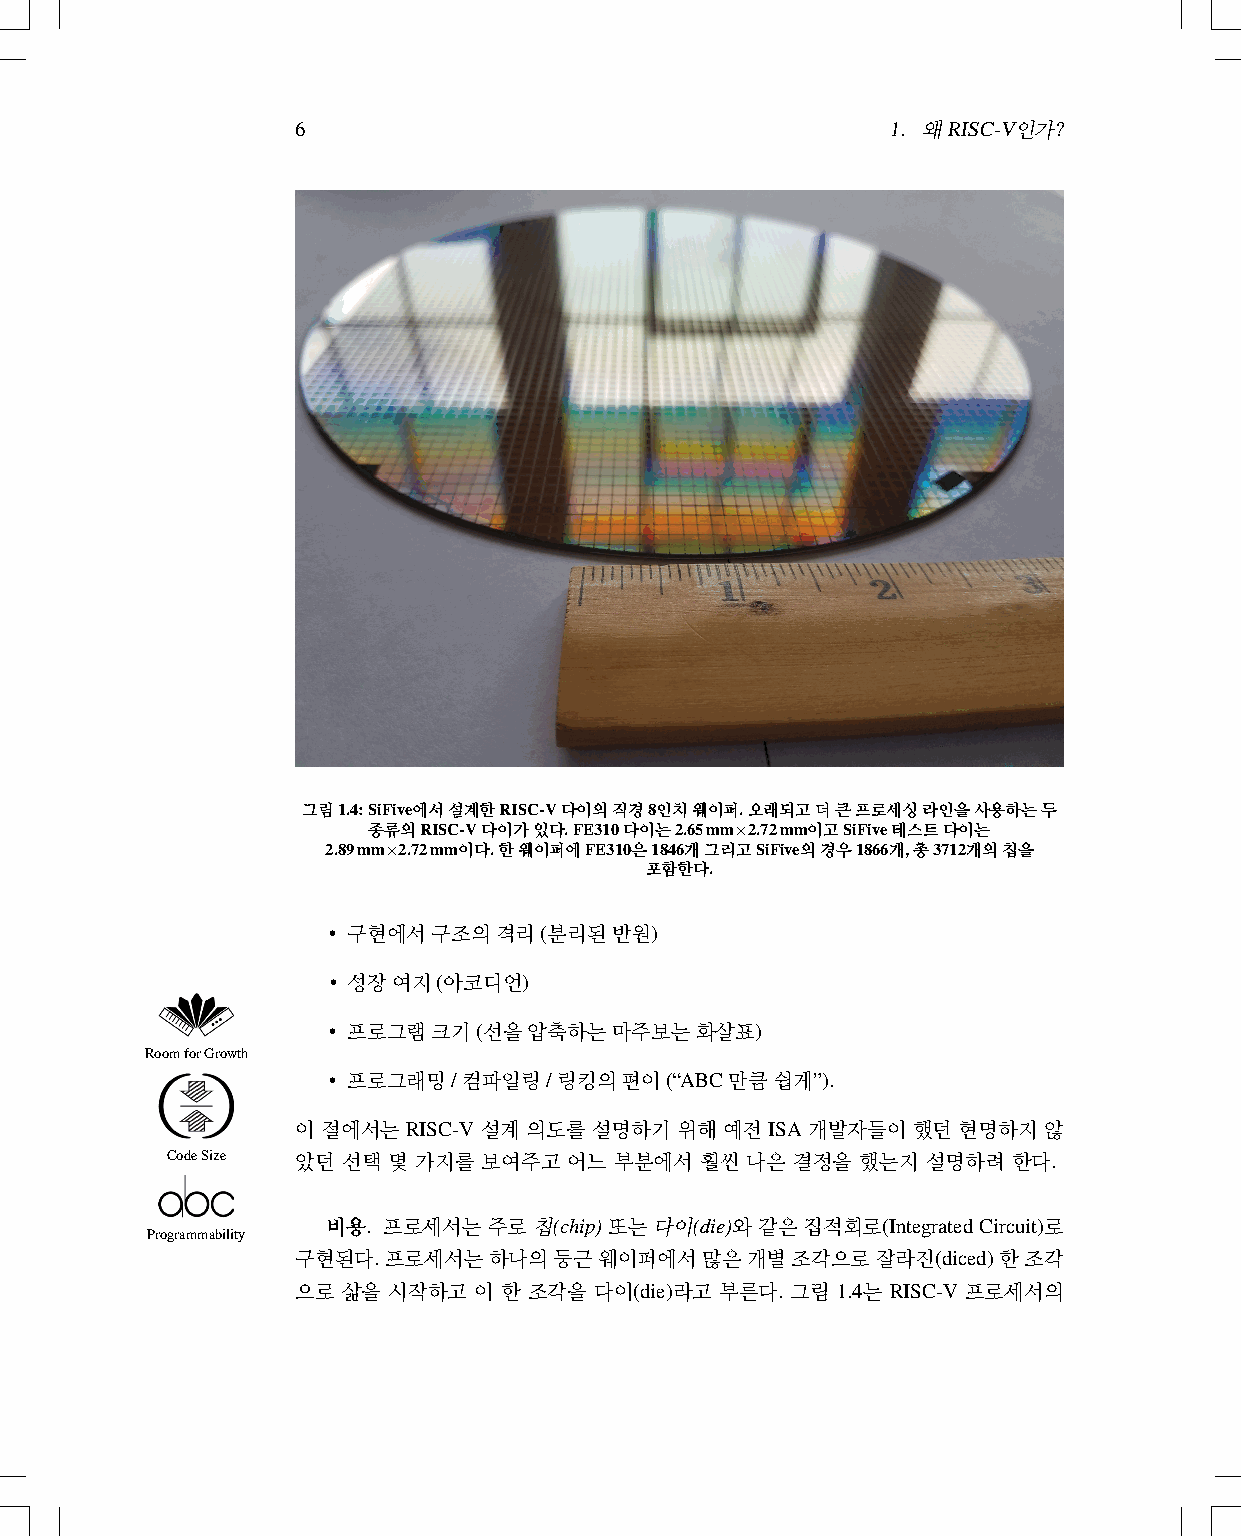
6                                      1. 왜RISC-V인가?
 그림1.4:SiFive에서설계한RISC-V다이의직경8인치웨이퍼.오래되고더큰프로세싱라인을사용하는두
 종류의RISC-V다이가있다.FE310다이는2.65mm×2.72mm이고SiFive테스트다이는
 2.89mm×2.72mm이다.한웨이퍼에FE310은1846개그리고SiFive의경우1866개,총3712개의칩을
 포함한다.
 • 구현에서구조의격리(분리된반원)
 • 성장여지(아코디언)
 • 프로그램크기(선을압축하는마주보는화살표)
 RoomforGrowth
 • 프로그래밍/컴파일링/링킹의편이(“ABC만큼쉽게”).
 이절에서는RISC-V설계의도를설명하기위해예전ISA개발자들이했던현명하지않
 CodeSize 았던 선택 몇 가지를 보여주고  어느 부분에서 훨씬 나은 결정을  했는지 설명하려  한다.
 비용. 프로세서는주로칩(chip)또는다이(die)와같은집적회로(IntegratedCircuit)로
 Programmability
 구현된다.프로세서는하나의둥근웨이퍼에서많은개별조각으로잘라진(diced)한조각
 으로 삶을 시작하고 이 한 조각을 다이(die)라고 부른다. 그림 1.4는 RISC-V 프로세서의